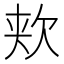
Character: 𬅢